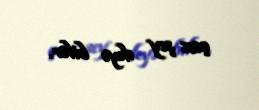
çox şey deyə bilər.